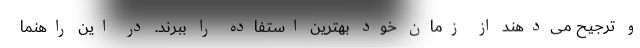
و ترجیح می‌دهند از زمان خود بهترین استفاده را ببرند. در این راهنما